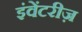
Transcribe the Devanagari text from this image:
इंवेंटरीज़